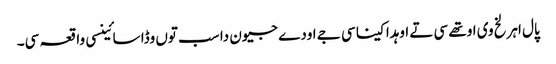
پال اہرلخ وی اوتھے سی تے اوہدا کینا سی جے اودے جیون دا سب توں وڈا سائینسی واقعہ سی۔